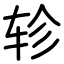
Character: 轸